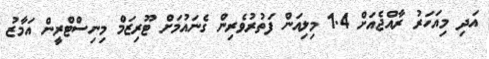
އަދި މިއަހަރު ރާއްޖެއަށް 1.4 މިލިއަން ފަތުރުވެރިން ގެނައުމަށް ޓޫރިޒަމް މިނިސްޓްރީން އަމާޒު